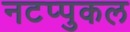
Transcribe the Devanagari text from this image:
नटप्पुकल